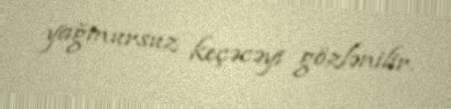
yağmursuz keçəcəyi gözlənilir.